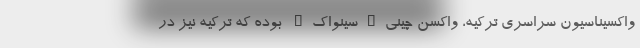
واکسیناسیون سراسری ترکیه، واکسن چینی"سینواک" بوده که ترکیه نیز در